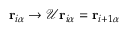
{ \bf r } _ { i \alpha } \rightarrow \mathcal { U } { \bf r } _ { i \alpha } = { \bf r } _ { i + 1 \alpha }